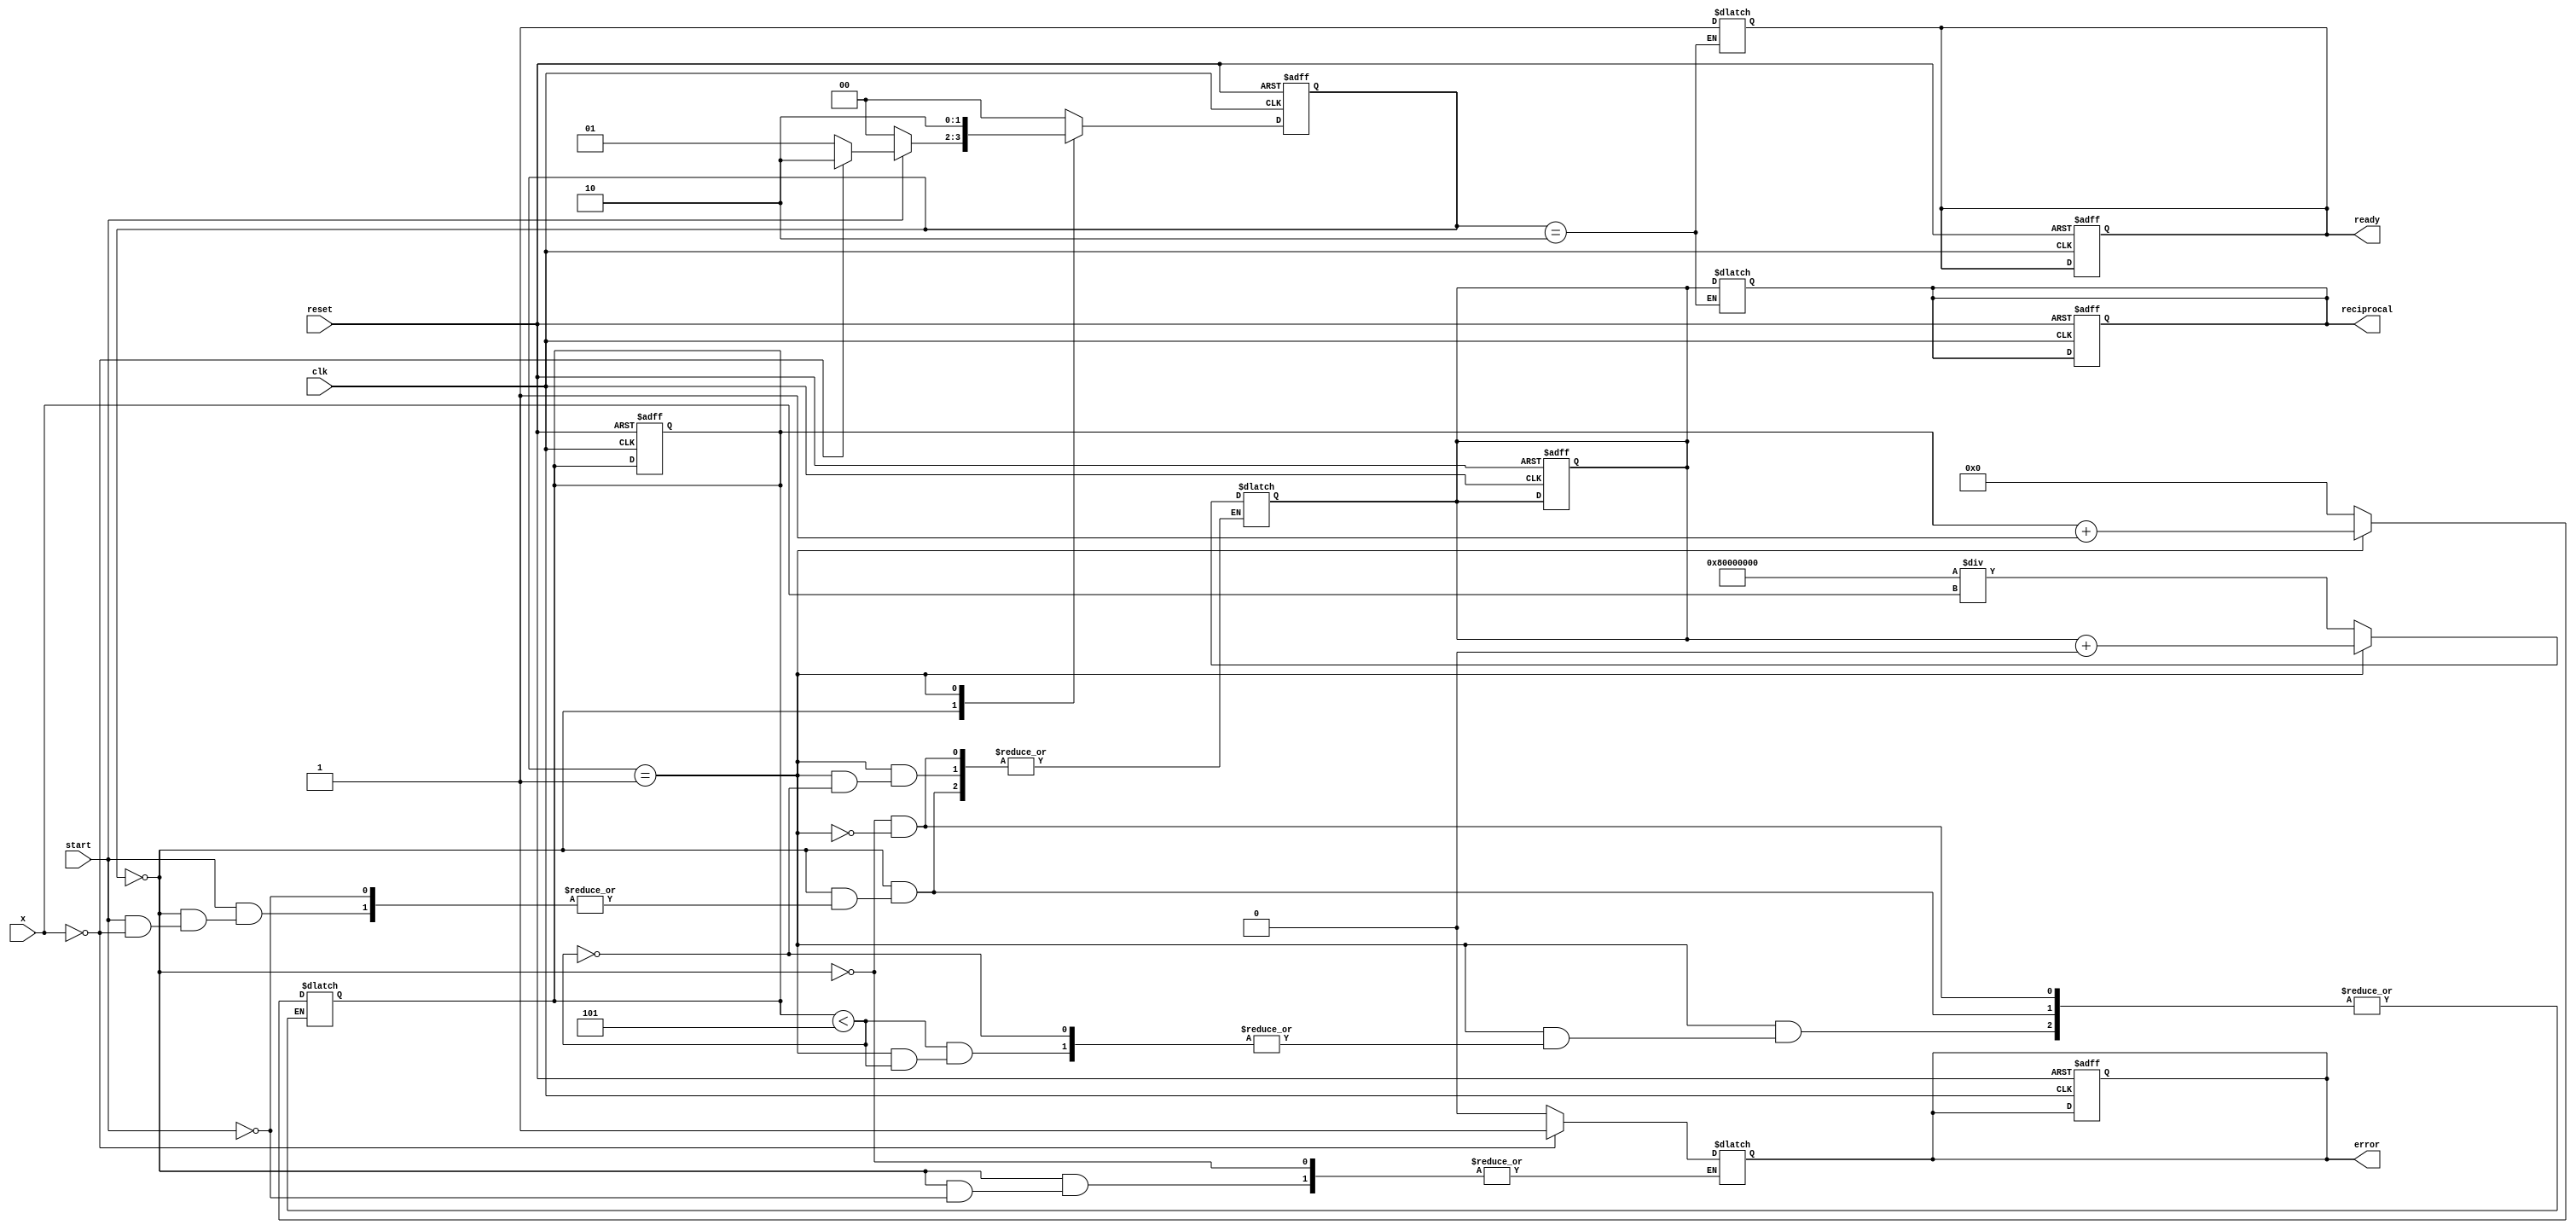
module NewtonRaphsonReciprocal #(
    parameter WIDTH = 32,              // Width of input and output
    parameter MAX_ITER = 5,            // Maximum iterations
    parameter THRESHOLD = 32'h00000001  // Convergence threshold
)(
    input wire [WIDTH-1:0] x,          // Input value
    input wire start,                   // Start signal
    input wire clk,                     // Clock
    input wire reset,                   // Reset signal
    output reg [WIDTH-1:0] reciprocal,  // Computed reciprocal
    output reg ready,                   // Ready signal
    output reg error                    // Error signal (e.g., division by zero)
);

    reg [WIDTH-1:0] estimate;           // Current estimate of reciprocal
    reg [3:0] iteration;                 // Iteration counter
    reg [WIDTH-1:0] delta;              // Change in the estimate

    // Define states
    localparam STATE_IDLE = 2'b00,
               STATE_COMPUTE = 2'b01,
               STATE_DONE = 2'b10;

    reg [1:0] state, next_state;

    // Initialize signals
    always @(posedge clk or posedge reset) begin
        if (reset) begin
            state <= STATE_IDLE;
            reciprocal <= 0;
            ready <= 0;
            error <= 0;
            estimate <= 0;
            iteration <= 0;
        end else begin
            state <= next_state;
        end
    end

    // State machine for controlling the process
    always @(*) begin
        case (state)
            STATE_IDLE: begin
                if (start) begin
                    // Check for zero input
                    if (x == 0) begin
                        error = 1; // Division by zero
                        next_state = STATE_DONE;
                    end else begin
                        error = 0;
                        estimate = (1 << (WIDTH-1)) / x; // Initial estimate: 1/x
                        iteration = 0;
                        next_state = STATE_COMPUTE;
                    end
                end else begin
                    next_state = STATE_IDLE;
                end
            end

            STATE_COMPUTE: begin
                if (iteration < MAX_ITER) begin
                    // Newton-Raphson iteration
                    delta = (estimate * (2 * (1 << (WIDTH-1)) - x * estimate)) >> WIDTH; // Shift for fixed-point
                    estimate = estimate + delta;

                    // Check for convergence
                    if (delta < THRESHOLD) begin
                        next_state = STATE_DONE;
                    end else begin
                        iteration = iteration + 1;
                        next_state = STATE_COMPUTE;
                    end
                end else begin
                    // Maximum iterations reached
                    next_state = STATE_DONE;
                end
            end

            STATE_DONE: begin
                reciprocal = estimate;
                ready = 1;
                next_state = STATE_IDLE; // Go back to idle
            end

            default: next_state = STATE_IDLE;
        endcase
    end

endmodule